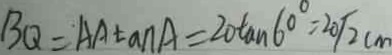
B Q = A A \tan A = 2 0 \tan 6 0 ^ { \circ } = 2 0 \sqrt { 2 } c m